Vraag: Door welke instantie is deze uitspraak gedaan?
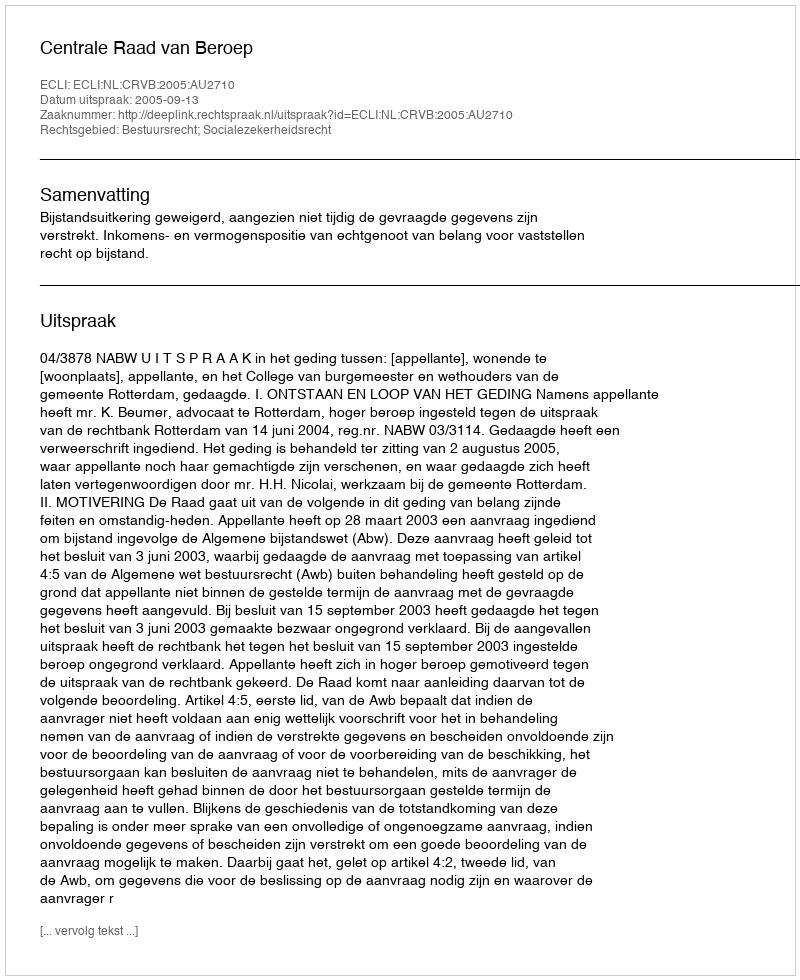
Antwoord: Centrale Raad van Beroep